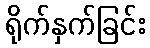
ရိုက်နှက်ခြင်း